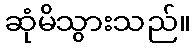
ဆုံမိသွားသည်။